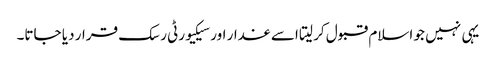
یہی نہیں جو اسلام قبول کر لیتا اسے غدار اور سیکیورٹی رسک قرار دیا جاتا۔